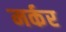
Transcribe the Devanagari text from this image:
मर्कर